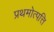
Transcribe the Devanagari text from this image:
प्रथमोत्पत्ति